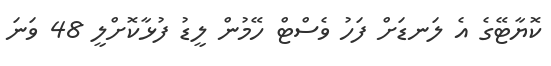
ކޮޔާޓޭގެ އެ ލަނޑަށް ފަހު ވެސްޓް ހޭމުން ލީޑު ފުޅާކޮށްލީ 48 ވަނަ